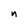
Character: n